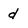
Character: d